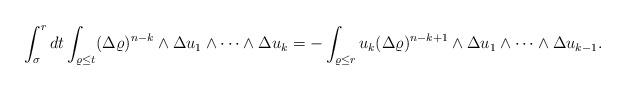
LaTeX: \begin{align*}\int_\sigma^rdt \int_{\varrho \leq t}(\Delta \varrho)^{n-k}\wedge \Delta u_1\wedge\dots\wedge \Delta u_k =- \int_{\varrho \leq r}u_k(\Delta \varrho)^{n-k+1}\wedge \Delta u_1\wedge\dots\wedge \Delta u_ { k-1 } .\end{align*}